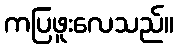
ကပြဖူးလေသည်။